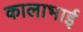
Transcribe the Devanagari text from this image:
कालाभाई